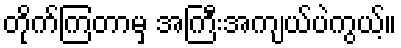
တိုက်ကြတာမှ အကြီးအကျယ်ပဲကွယ့်။